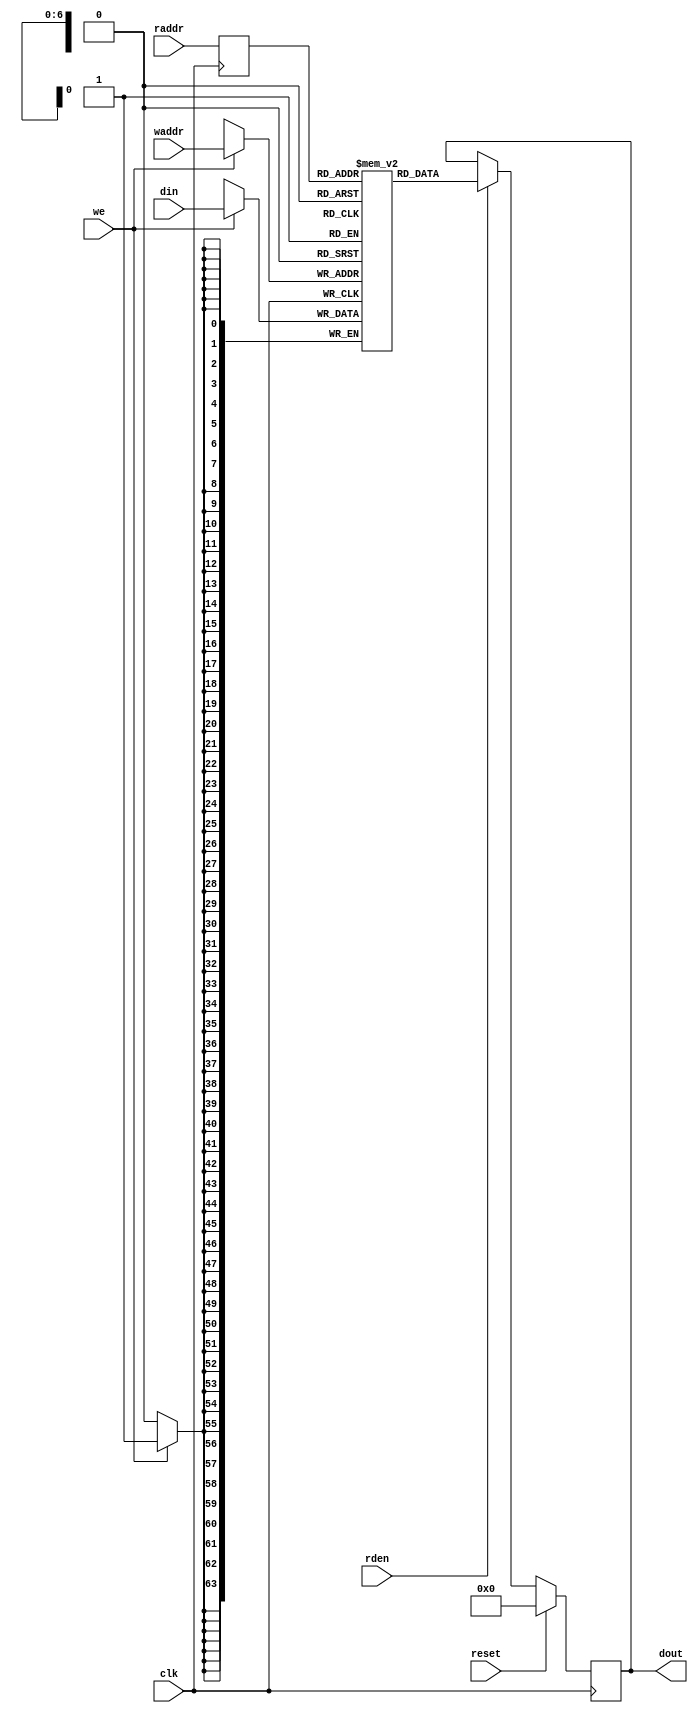
// ==============================================================
// Vitis HLS - High-Level Synthesis from C, C++ and OpenCL v2021.2 (64-bit)
// Copyright 1986-2021 Xilinx, Inc. All Rights Reserved.
// ==============================================================

`timescale 1ns/1ps

module kernel_pr_fifo_w64_d128_A_ram
#(parameter
    DATA_WIDTH  = 64,
    ADDR_WIDTH  = 7,
    DEPTH       = 127
)
(
    input  wire                  clk,
    input  wire                  reset,
    input  wire                  we,
    input  wire [ADDR_WIDTH-1:0] waddr,
    input  wire [DATA_WIDTH-1:0] din,
    input  wire [ADDR_WIDTH-1:0] raddr,
    input  wire                  rden,
    output reg  [DATA_WIDTH-1:0] dout
);

(* rw_addr_collision = "yes" *)
reg  [DATA_WIDTH-1:0] mem[0:DEPTH-1];
reg  [ADDR_WIDTH-1:0] raddr_reg;

//write to ram
always @(posedge clk) begin
    if (we)
        mem[waddr] <= din;
end

//buffer the raddr
always @(posedge clk) begin
    raddr_reg <= raddr;
end

//read from ram
always @(posedge clk) begin
    if (reset)
        dout <= 0;
    else if (rden)
        dout <= mem[raddr_reg];
end

endmodule

module kernel_pr_fifo_w64_d128_A
#(parameter
    DATA_WIDTH  = 64,
    ADDR_WIDTH  = 7,
    DEPTH       = 127
)
(
    // system signal
    input  wire                  clk,
    input  wire                  reset,

    // write
    output wire                  if_full_n,
    input  wire                  if_write_ce,
    input  wire                  if_write,
    input  wire [DATA_WIDTH-1:0] if_din,

    // read
    output wire                  if_empty_n,
    input  wire                  if_read_ce,
    input  wire                  if_read,
    output wire [DATA_WIDTH-1:0] if_dout
);
//------------------------Parameter----------------------

//------------------------Local signal-------------------
reg  [ADDR_WIDTH-1:0] waddr = 1'b0;
reg  [ADDR_WIDTH-1:0] raddr = 1'b0;
wire [ADDR_WIDTH-1:0] wnext;
wire [ADDR_WIDTH-1:0] rnext;
wire                  push;
wire                  pop;
reg  [ADDR_WIDTH:0]   mOutPtr = 1'b0;
reg                   full_n = 1'b1;
reg                   empty_n = 1'b0;
reg                   dout_vld = 1'b0;


//------------------------Instantiation------------------
kernel_pr_fifo_w64_d128_A_ram
#(
 .DATA_WIDTH(DATA_WIDTH),
 .ADDR_WIDTH(ADDR_WIDTH),
 .DEPTH(DEPTH))
U_kernel_pr_fifo_w64_d128_A_ram(
 .clk(clk),
 .reset(reset),
 .we(push),
 .waddr(waddr),
 .din(if_din),
 .raddr(rnext),
 .rden(pop),
 .dout(if_dout)
);

//------------------------Task and function--------------

//------------------------Body---------------------------
assign if_full_n  = full_n;
assign if_empty_n = dout_vld;
assign push       = full_n & if_write_ce & if_write;
assign pop        = empty_n & if_read_ce & (if_read | ~dout_vld);
assign wnext      = !push                ? waddr :
                    (waddr == DEPTH - 1) ? 1'b0  :
                    waddr + 1'b1;
assign rnext      = !pop                 ? raddr :
                    (raddr == DEPTH - 1) ? 1'b0  :
                    raddr + 1'b1;

// waddr
always @(posedge clk) begin
    if (reset == 1'b1)
        waddr <= 1'b0;
    else
        waddr <= wnext;
end

// raddr
always @(posedge clk) begin
    if (reset == 1'b1)
        raddr <= 1'b0;
    else
        raddr <= rnext;
end

// mOutPtr
always @(posedge clk) begin
    if (reset == 1'b1)
        mOutPtr <= 1'b0;
    else if (push & ~pop)
        mOutPtr <= mOutPtr + 1'b1;
    else if (~push & pop)
        mOutPtr <= mOutPtr - 1'b1;
end

// full_n
always @(posedge clk) begin
    if (reset == 1'b1)
        full_n <= 1'b1;
    else if (push & ~pop)
        full_n <= (mOutPtr != DEPTH - 1);
    else if (~push & pop)
        full_n <= 1'b1;
end

// empty_n
always @(posedge clk) begin
    if (reset == 1'b1)
        empty_n <= 1'b0;
    else if (push & ~pop)
        empty_n <= 1'b1;
    else if (~push & pop)
        empty_n <= (mOutPtr != 1'b1);
end

// dout_vld
always @(posedge clk) begin
    if (reset == 1'b1)
        dout_vld <= 1'b0;
    else if (pop)
        dout_vld <= 1'b1;
    else if (if_read_ce & if_read)
        dout_vld <= 1'b0;
end

endmodule